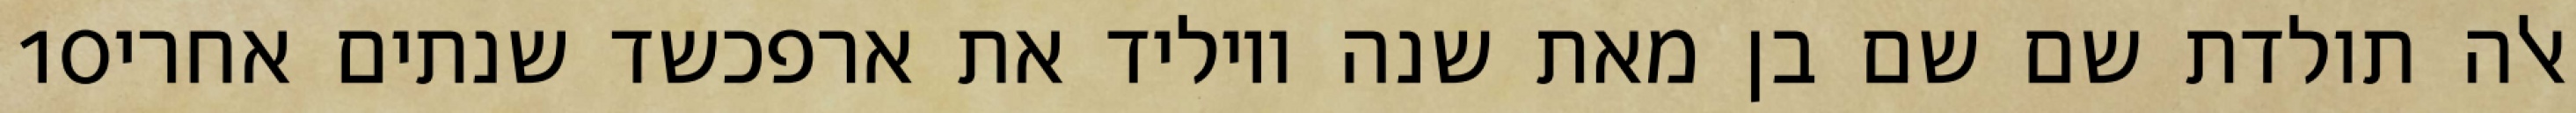
‎10‏ אלה תולדת שם שם בן מאת שנה ויוליד את ארפכשד שנתים אחרי